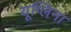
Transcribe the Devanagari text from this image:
यूग्लिना